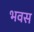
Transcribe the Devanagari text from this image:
भवस